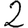
Digit: 2